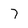
Character: 7